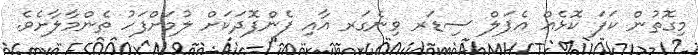
މިގޮތުން ކަފަ ކޮޅެއް އެޕަލް ސިޑަރ ވިނެގަރ އާއި ފެންފޮދަކަށް ލުމަށްފަހު ތެންމާލާށެވެ.